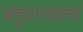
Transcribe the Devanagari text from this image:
बहुशाखत्वं